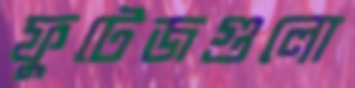
ফুটেজগুলো